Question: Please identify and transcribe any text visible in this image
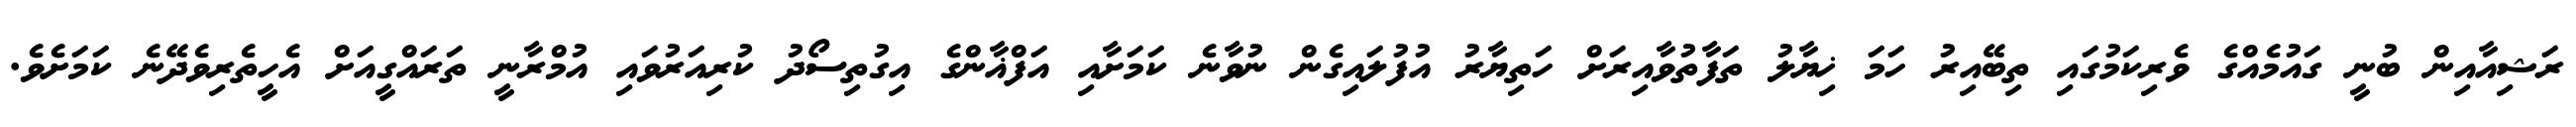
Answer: ރަޝިއާއިން ބުނީ ގައުމެއްގެ ވެރިކަމުގައި ތިބޭއިރު ހަމަ ޚިޔާލު ތަފާތުވާއިރަށް ހަތިޔާރު އުފުލައިގެން ނުވާނެ ކަމަށާއި އަފްޣާންގެ އިގުތިސޯދު ކުރިއަރުވައި އުމްރާނީ ތަރައްގީއަށް އެހީތެރިވެދޭނެ ކަމަށެވެ.